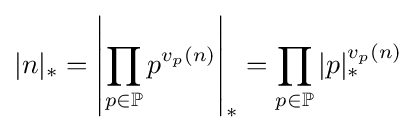
|n|_{*}=\left|\prod _{p\in \mathbb {P} }p^{v_{p}(n)}\right|_{*}=\prod _{p\in \mathbb {P} }|p|_{*}^{v_{p}(n)}